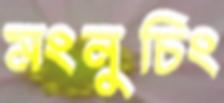
মংনুচিং